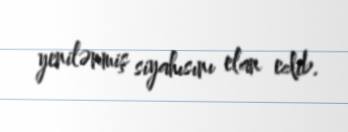
yenilənmiş siyahısını elan edib.